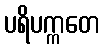
ပရိပက္ကတေ